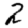
Digit: 2